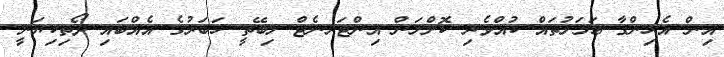
އިން އެހިންގާ ޢަމަލުތައް ކުއްވެރި ކޮށްލަން އިންޓަރނެޓް ލިބޭތީ ޚަބަރުގެ އެއްބަައި ދޯތިކިޔަނީ.